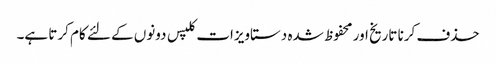
حذف کرنا تاریخ اور محفوظ شدہ دستاویزات کلپس دونوں کے لئے کام کرتا ہے۔